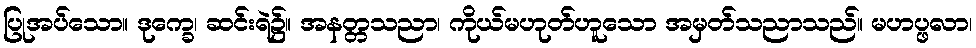
ပြုအပ်သော။ ဒုက္ခေ၊ ဆင်းရဲ၌။ အနတ္တသညာ၊ ကိုယ်မဟုတ်ဟူသော အမှတ်သညာသည်။ မဟပ္ဖလာ၊